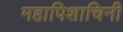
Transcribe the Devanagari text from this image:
महापिशाचिनी